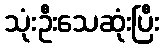
သုံးဦးသေဆုံးပြီး